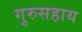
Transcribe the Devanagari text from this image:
गुरुसहाय